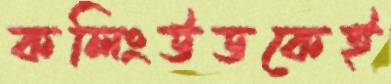
কলিংউডকেই